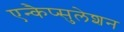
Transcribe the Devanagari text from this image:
एन्कैप्सुलेशन